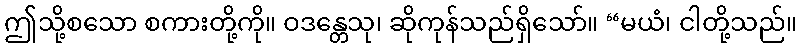
ဤသို့စသော စကားတို့ကို။ ဝဒန္တေသု၊ ဆိုကုန်သည်ရှိသော်။ “မယံ၊ ငါတို့သည်။